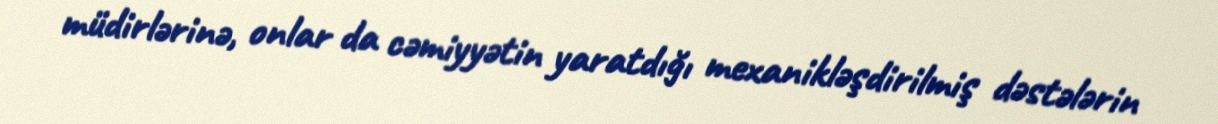
müdirlərinə, onlar da cəmiyyətin yaratdığı mexanikləşdirilmiş dəstələrin